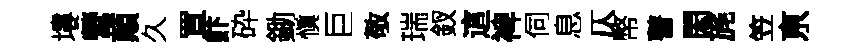
塿營顛久罝飰砕鋤愼巨敬瑞釵這裨伺息仄幣瞽閎旄笠亰